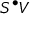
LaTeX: S ^ { \bullet } V